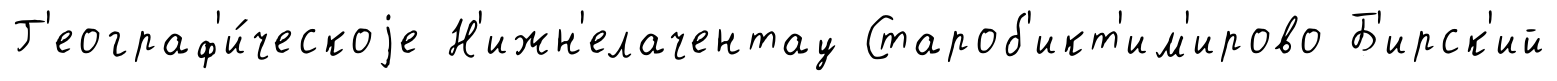
Г'еограф'и́ческоjе Н'ижн'елачентау Староб'икт'им'ирово Б'ирск'ий